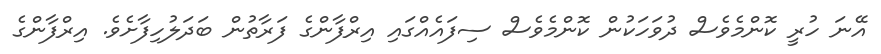
އޭނަ ހުރީ ކޮންމެވެސް ދުވަހަކުން ކޮންމެވެސް ސިފައެއްގައި އިރްފާންގެ ފަރާތުން ބަދަލުހިފާށެވެ. އިރްފާންގެ